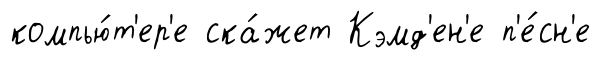
компью́т'ер'е ска́жет Кэмд'ен'е п'е́сн'е